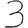
Digit: 3